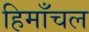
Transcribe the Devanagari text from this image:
हिमाँचल